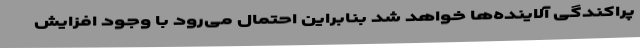
پراکندگی آلاینده‌ها خواهد شد بنابراین احتمال می‌رود با وجود افزایش